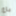
باع